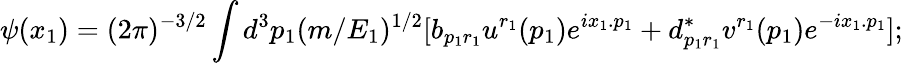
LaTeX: \psi(x_{1})=(2\pi)^{-3/2}\int d^{3}p_{1}(m/E_{1})^{1/2}[b_{p_{1}r_{1}}u^{r_{1}}(p_{1})e^{ix_{1}.p_{1}}+d_{p_{1}r_{1}}^{*}v^{r_{1}}(p_{1})e^{-ix_{1}.p_{1}}];